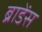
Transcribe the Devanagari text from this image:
ब्राडेंस